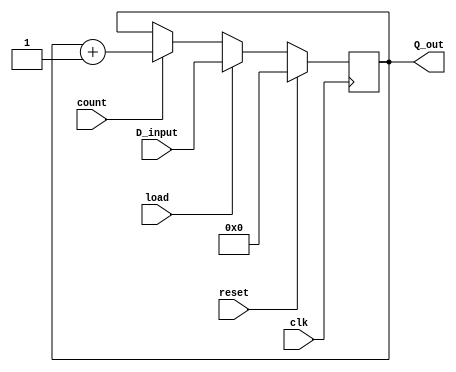
module binary_counter(clk,count,reset ,load,D_input,Q_out);
parameter n_bits=4;
input wire clk ,count ,load,reset;
input wire [n_bits-1:0] D_input;
output reg [n_bits-1:0] Q_out ;
//Synchrounous Reset
always @ (posedge clk)
begin
if(reset)
Q_out<=0;
else if (load)
Q_out<=D_input;
else if (count)
Q_out<=Q_out+1;
else ;
end
endmodule